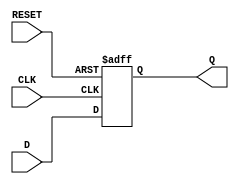
module flip_flop_register #(parameter N = 8) (
    input wire [N-1:0] D,      // Data input
    input wire CLK,            // Clock input
    input wire RESET,          // Asynchronous reset input
    output reg [N-1:0] Q       // Data output
);

// Always block for synchronous reset and data storage
always @(posedge CLK or posedge RESET) begin
    if (RESET) begin
        Q <= {N{1'b0}}; // Reset all bits to 0
    end else begin
        Q <= D; // Load data from D on the rising edge of CLK
    end
end

endmodule